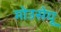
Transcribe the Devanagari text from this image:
मोउसेयू